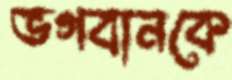
ভগবানকে